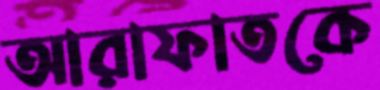
আরাফাতকে